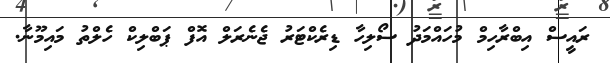
ރައީސް އިބްރާހިމް މުހައްމަދު ސޯލިހާ ޑިރެކްޓަރު ޖެނެރަލް އޮފް ޕަބްލިކް ހެލްތު މައިމޫނާ.